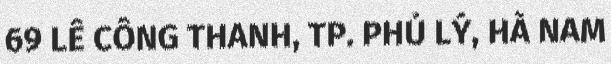
69 LÊ CÔNG THANH, TP. PHỦ LÝ, HÀ NAM